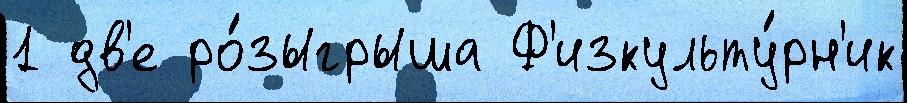
1 дв'е ро́зыгрыша Ф'изкульту́рн'ик